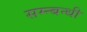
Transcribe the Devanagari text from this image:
सम्न्बन्धी